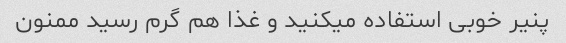
پنیر خوبی استفاده میکنید و غذا هم گرم رسید ممنون